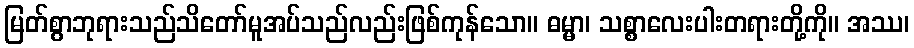
မြတ်စွာဘုရားသည်သိတော်မူအပ်သည်လည်းဖြစ်ကုန်သော။ ဓမ္မာ၊ သစ္စာလေးပါးတရားတို့ကို။ အဿ၊